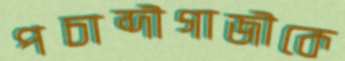
পচাব্দীগাজীকে